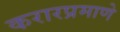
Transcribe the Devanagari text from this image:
करारप्रमाणे